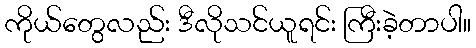
ကိုယ်တွေလည်း ဒီလိုသင်ယူရင်း ကြီးခဲ့တာပါ။